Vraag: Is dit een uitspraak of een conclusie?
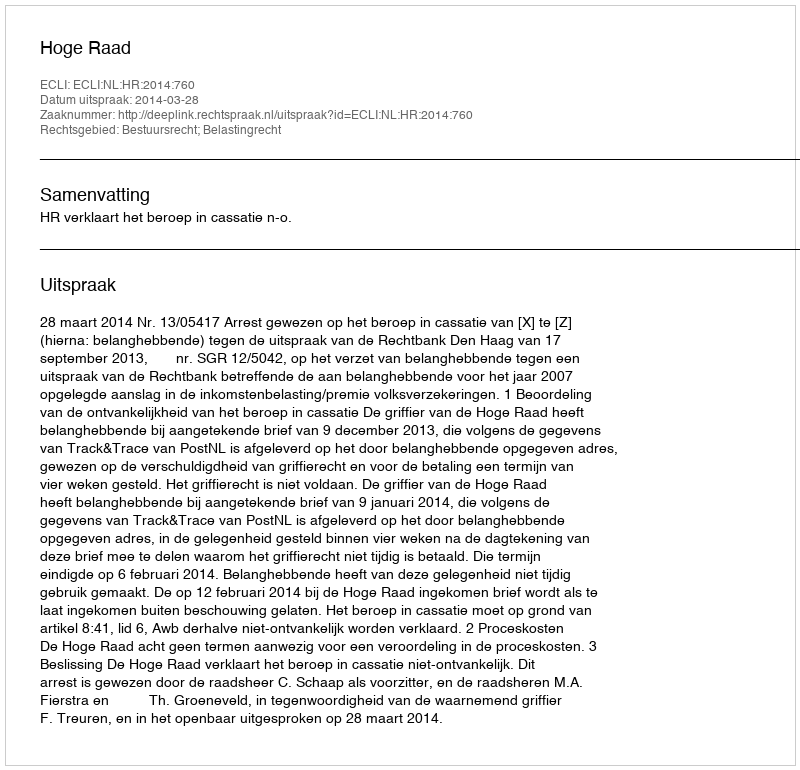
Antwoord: Uitspraak